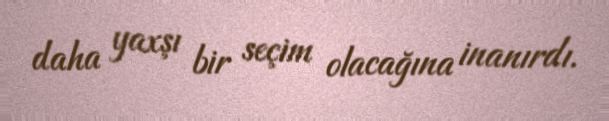
daha yaxşı bir seçim olacağına inanırdı.